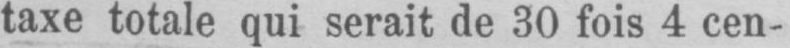
taxe totale qui serait de 30 fois 4 cen-